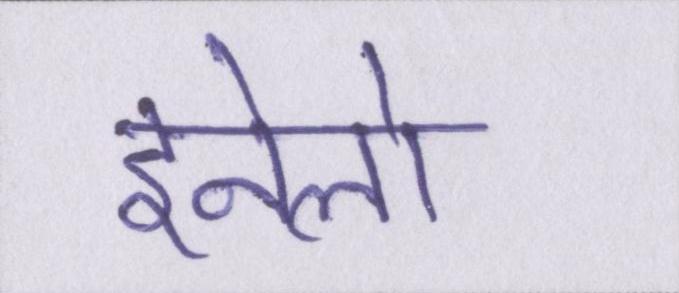
इनेलो